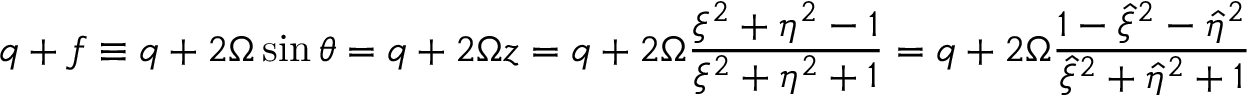
q + f \equiv q + 2 \Omega \sin \theta = q + 2 \Omega z = q + 2 \Omega \frac { \xi ^ { 2 } + \eta ^ { 2 } - 1 } { \xi ^ { 2 } + \eta ^ { 2 } + 1 } = q + 2 \Omega \frac { 1 - \hat { \xi } ^ { 2 } - \hat { \eta } ^ { 2 } } { \hat { \xi } ^ { 2 } + \hat { \eta } ^ { 2 } + 1 }